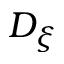
D _ { \xi }